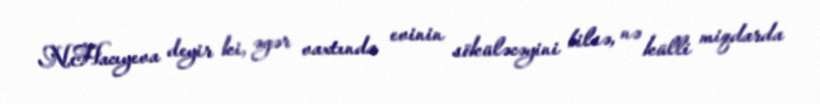
N.Hacıyeva deyir ki, əgər vaxtında evinin söküləcəyini bilsə, nə külli miqdarda